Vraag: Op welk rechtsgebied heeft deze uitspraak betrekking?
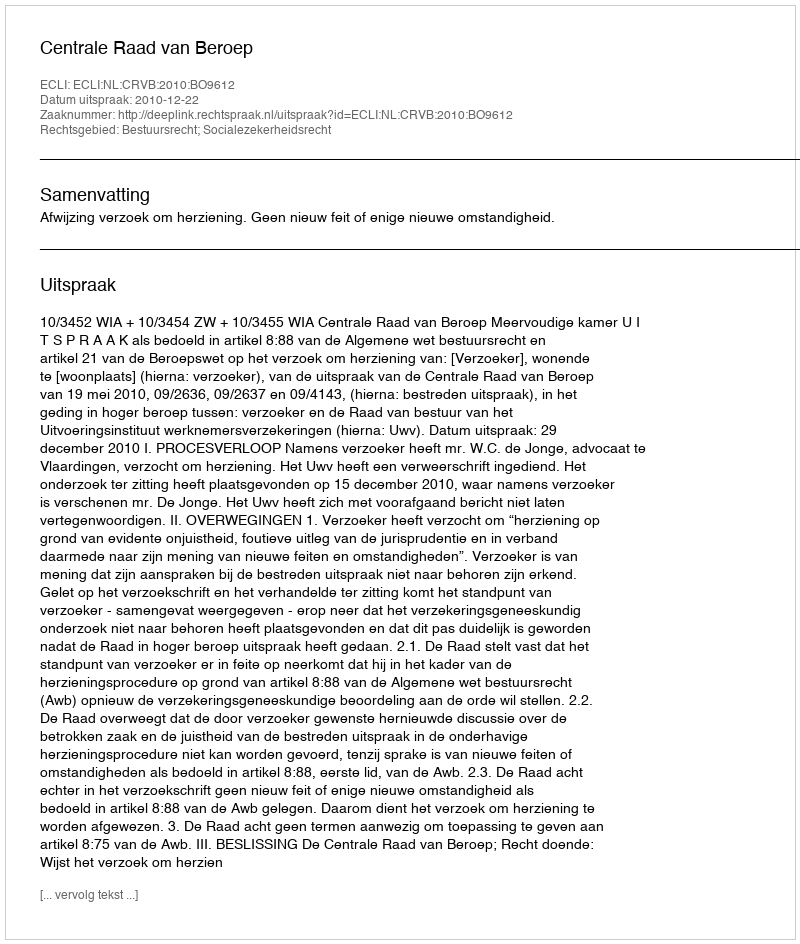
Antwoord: Bestuursrecht; Socialezekerheidsrecht